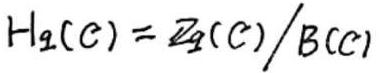
$H_{q}(C)=Z_{q}(C)/B_{q}(C)$